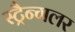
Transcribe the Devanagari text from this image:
स्ट्रैन्गलर